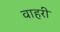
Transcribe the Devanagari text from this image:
वाहरी